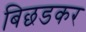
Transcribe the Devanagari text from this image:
बिछडकर